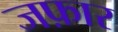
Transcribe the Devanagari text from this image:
जफ़ार